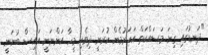
"ދަނޑުގައި ގިނަ މަސައްކަތް އަހަރުމެން ކުރަނީ ދިވެހި މީހާ އަންނަނީ އައިސް ބުނަނީ